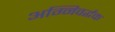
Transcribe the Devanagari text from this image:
अग्निवर्द्धक